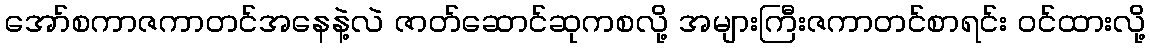
အော်စကာဇကာတင်အနေနဲ့လဲ ဇာတ်ဆောင်ဆုကစလို့ အများကြီးဇကာတင်စာရင်း ဝင်ထားလို့